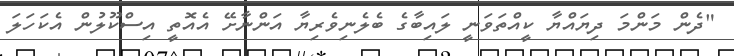
"ދެން މަންމަ ދިޔައްޔާ ކީއްތަވަނީ ލައިބާގެ ބެލެނިވެރިޔާ އަންނާށޭ އެއޮތީ އިސްކޫލުން އެކަހަލަ